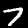
Digit: 7